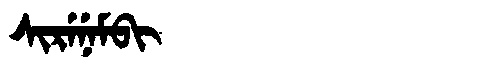
Manchu: ᠰᡳᡵᡝᠨᡝᠮᠪᡳ
Romanization: SIRENEMBI